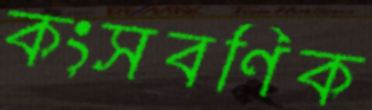
কংসবণিক